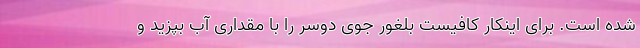
شده است. برای اینکار کافیست بلغور جوی دوسر را با مقداری آب بپزید و